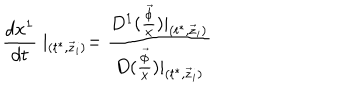
\frac { d x ^ { 1 } } { d t } \mid _ { ( t ^ { * } , \vec { z } _ { i } ) } = \frac { D ^ { 1 } ( \frac { \vec { \phi } } x ) | _ { ( t ^ { * } , \vec { z } _ { i } ) } } { D ( \frac { \vec { \phi } } x ) | _ { ( t ^ { * } , \vec { z } _ { i } ) } }